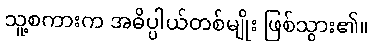
သူ့စကားက အဓိပ္ပါယ်တစ်မျိုး ဖြစ်သွား၏။